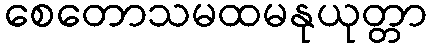
စေတောသမထမနုယုတ္တာ